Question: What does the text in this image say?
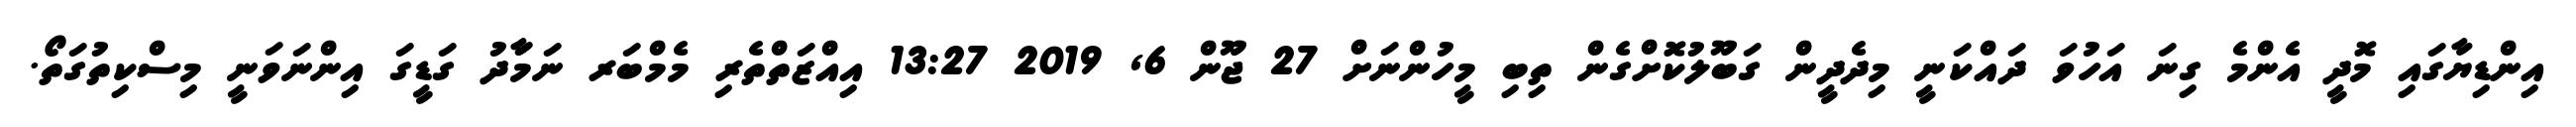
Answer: އިންޑިޔާގައި މޮދީ އެންމެ ގިނަ އަހުވަ ދައްކަނީ މިދެދީން ގަބޫލުކޮށްގެން ތިބި މީހުންނަށް 27 ޖޫން 6, 2019 13:27 އިއްޒަތްތެރި މެމްބަރ ނަމަާދު ގަޑީގަ އިންނަވަނީ މިސްކިތުގަތޯ.